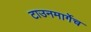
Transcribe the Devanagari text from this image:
टाउनमार्गेच